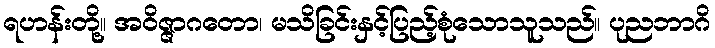
ရဟန်းတို့။ အဝိဇ္ဇာဂတော၊ မသိခြင်းနှင့်ပြည့်စုံသောသူသည်။ ပုညဘာဂိ